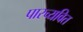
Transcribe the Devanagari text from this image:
पारच्यवित